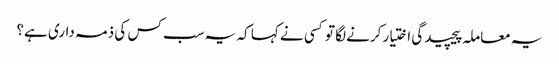
یہ معاملہ پیچیدگی اختیار کرنے لگا تو کسی نے کہا کہ یہ سب کس کی ذمہ داری ہے؟